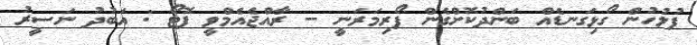
ފުލުހުން ގޯޅިގަނޑެއް ބަންދުކޮށްގެން ފޯރިމަރަނީ -- ރާއްޖެއެމްވީ ފޮޓޯ : އަބުދު ނަސީރު